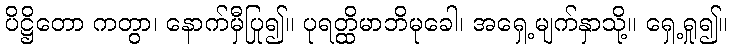
ပိဋ္ဌိတော ကတွာ၊ နောက်မှီပြု၍။ ပုရတ္ထိမာဘိမုခေါ၊ အရှေ့မျက်နှာသို့။ ရှေ့ရှု၍။